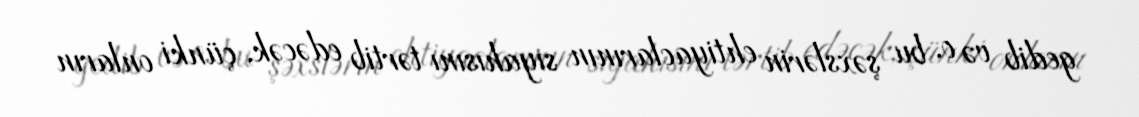
gedib və o, bu şəxslərin ehtiyaclarının siyahısını tərtib edəcək, çünki onların